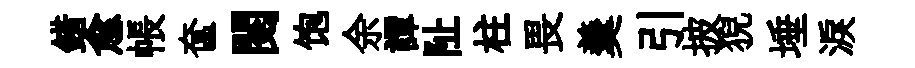
錯愈帳奩閱饱余譚阯柱畏羹引披猊埵淚